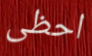
احظى